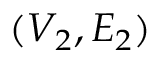
( V _ { 2 } , E _ { 2 } )